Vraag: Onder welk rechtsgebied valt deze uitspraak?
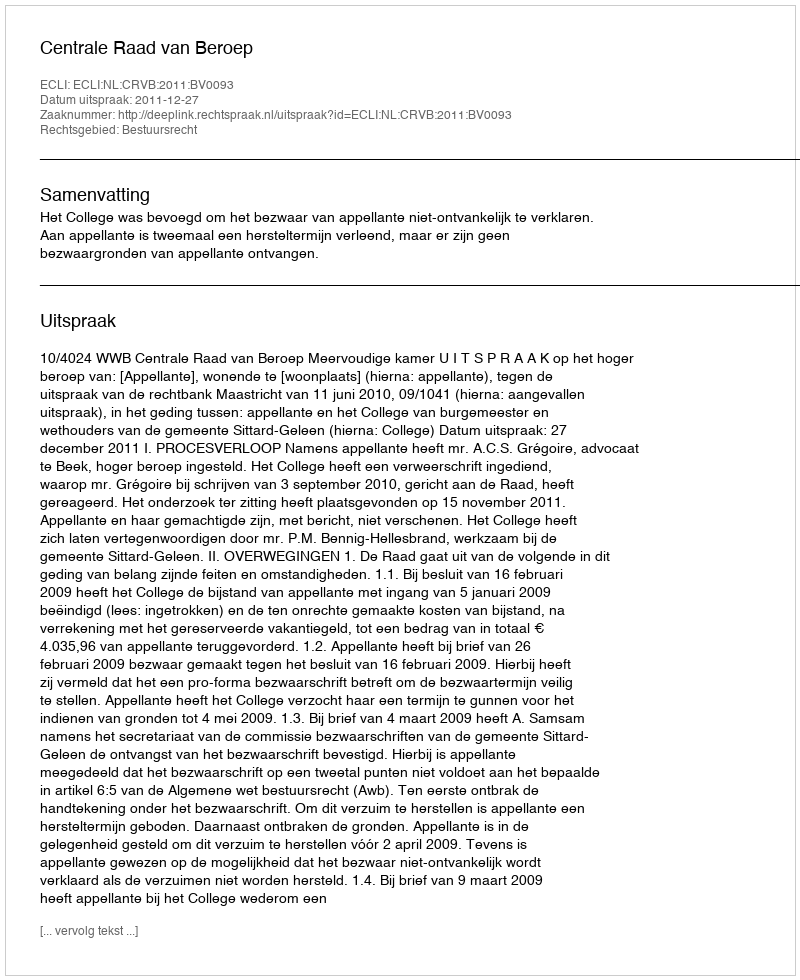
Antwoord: Bestuursrecht